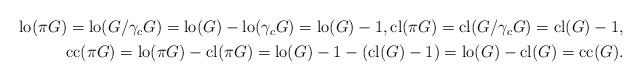
LaTeX: \begin{align*}\begin{aligned}\mathrm{lo}(\pi{G})=\mathrm{lo}(G/\gamma_c{G})=\mathrm{lo}(G)-\mathrm{lo}(\gamma_c{G})=\mathrm{lo}(G)-1, \mathrm{cl}(\pi{G})=\mathrm{cl}(G/\gamma_c{G})=\mathrm{cl}(G)-1, \\ \mathrm{cc}(\pi{G})=\mathrm{lo}(\pi{G})-\mathrm{cl}(\pi{G})=\mathrm{lo}(G)-1-(\mathrm{cl}(G)-1)=\mathrm{lo}(G)-\mathrm{cl}(G)=\mathrm{cc}(G).\end{aligned}\end{align*}